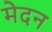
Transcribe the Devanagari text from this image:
मेदन